Annual report of the Central Committee of the Association together with the report of the directors of the Pasteur Institute at Kasauli
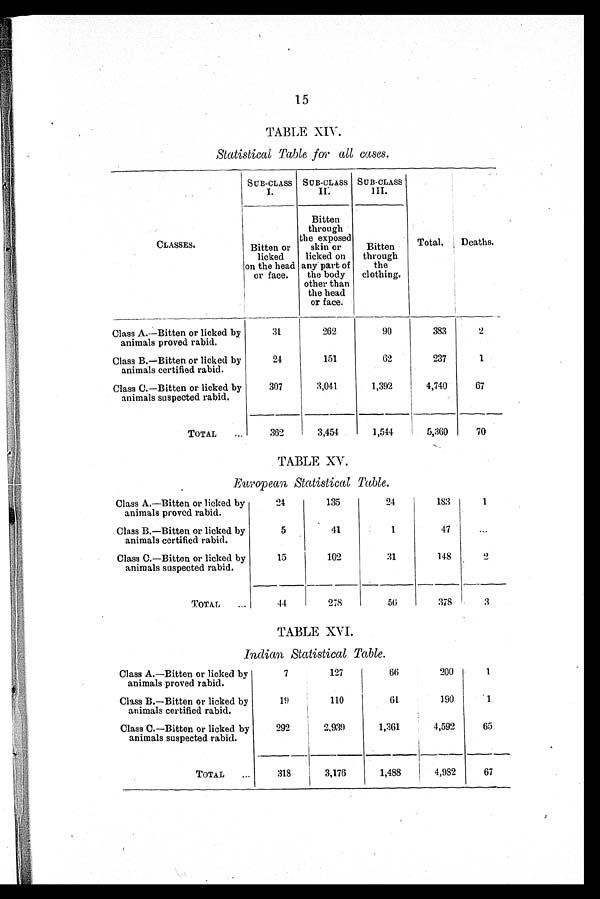
15
TABLE XIV.
Statistical Table for all cases.
CLASSES.
SUB-CLASS
I.
SUB-CLASS
I I .
SUB-CLASS
III.
Total. Deaths.
B i t t e n o r l i c k e d o n t h e h e a d o r f a c e .
B i t t e n t h r o u g h t h e e x p o s e d s k i n o r l i c k e d o n a n y p a r t o f t h e b o d y o t h e r t h a n t h e h e a d o r f a c e .
Bi t t e n t hr ough t he c l ot hi ng.
Class A.—Bitten or licked by
animals proved rabid.
31
262
90
383
2
Class B.—Bitten or licked by
animals certified rabid.
24
151
62
237
1
Class C.—Bitten or licked by
animals suspected rabid.
307
3,041
1,392
4,740
67
TOTAL
362
3,454
1,544
5,360
70
TABLE XV.
European Statistical Table.
Class A.—Bitten or licked by
animals proved rabid.
24
135
24
183
1
Class B.—Bitten or licked by
animals certified rabid.
5
41
1
47
...
Class C.—Bitten or licked by
animals suspected rabid.
15
102
31
148
2
TOTAL
44
278
56
378
3
TABLE XVI.
Indian Statistical Table.
Class A.—Bitten or licked by
animals proved rabid.
7
127
66
200
1
Class B.—Bitten or licked by
animals certified rabid.
19
110
61
190
1
Class C.—Bitten or licked by
animals suspected rabid.
292
2,939
1,361
4,592
65
TOTAL
318
3,176
1,488
4,982
67